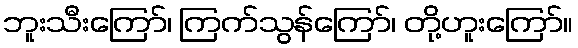
ဘူးသီးကြော်၊ ကြက်သွန်ကြော်၊ တို့ဟူးကြော်။